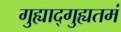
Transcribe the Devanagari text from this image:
गुह्याद्गुह्यतमं